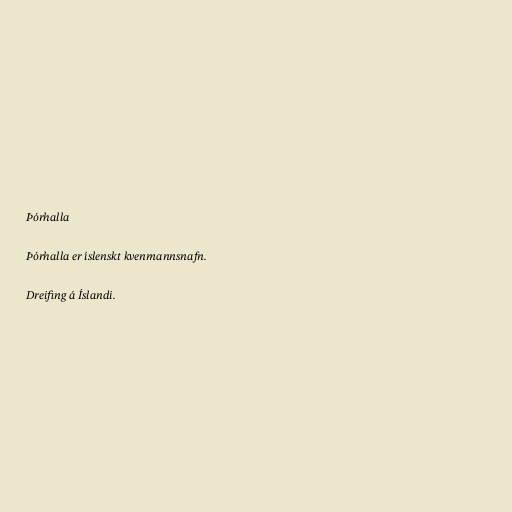
Þórhalla

Þórhalla er íslenskt kvenmannsnafn.

Dreifing á Íslandi.